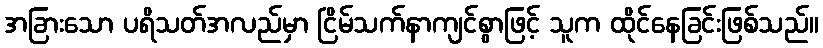
အခြားသော ပရိသတ်အလည်မှာ ငြိမ်သက်နာကျင်စွာဖြင့် သူက ထိုင်နေခြင်းဖြစ်သည်။